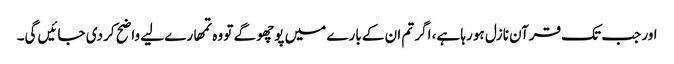
اور جب تک قرآن نازل ہو رہا ہے، اگر تم ان کے بارے میں پوچھو گے تو وہ تمھارے لیے واضح کر دی جائیں گی۔